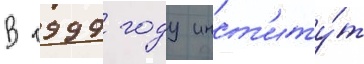
В 1999 году инст'иту́т